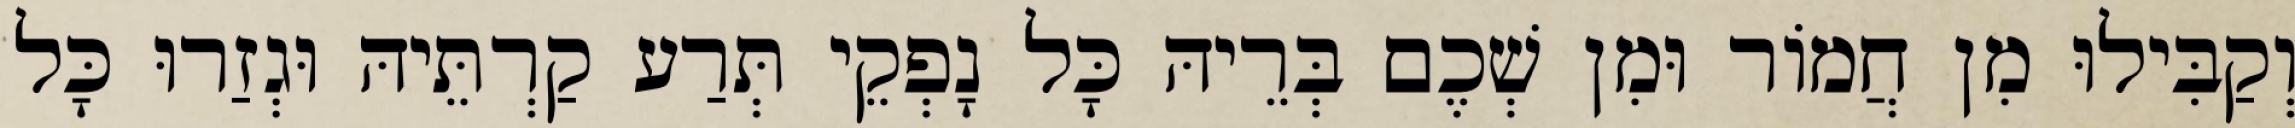
וְקַבִּילוּ מִן חֲמוֹר וּמִן שְׁכֶם בְּרֵיהּ כָּל נָפְקֵי תְּרַע קַרְתֵּיהּ וּגְזַרוּ כָּל